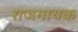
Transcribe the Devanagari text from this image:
राजगायक